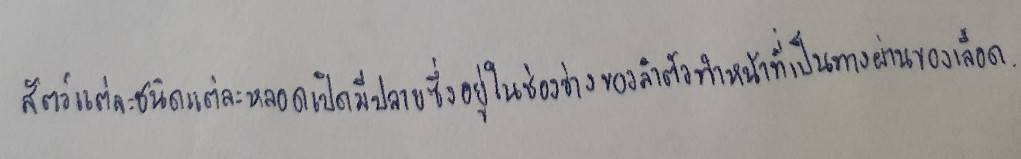
สัตว์แต่ละชนิดแต่ละหลอดเปิดมีปลายซึ่งอยู่ในช่องว่างของลำตัวทำหน้าที่เป็นทางผ่านของเลือด